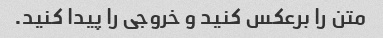
متن را برعکس کنید و خروجی را پیدا کنید.